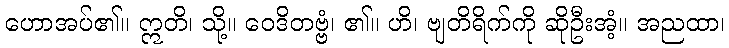
ဟောအပ်၏။ ဣတိ၊ သို့။ ဝေဒိတဗ္ဗံ၊ ၏။ ဟိ၊ ဗျတိရိက်ကို ဆိုဦးအံ့။ အညထာ၊